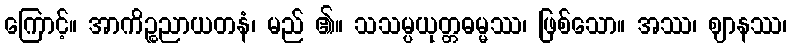
ကြောင့်။ အာကိဉ္စညာယတနံ၊ မည် ၏။ သသမ္ပယုတ္တဓမ္မဿ၊ ဖြစ်သော။ အဿ၊ ဈာနဿ၊